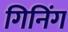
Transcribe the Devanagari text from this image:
गिनिंग